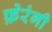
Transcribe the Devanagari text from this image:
फ़ेरंगी